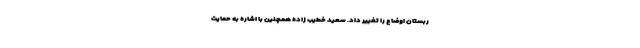
ربستان اوضاع را تغییر داد. سعید خطیب زاده همچنین با اشاره به حمایت